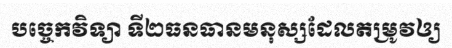
បច្ចេកវិទ្យា ទី២ធនធានមនុស្សដែលតម្រូវឲ្យ